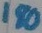
Text: 180